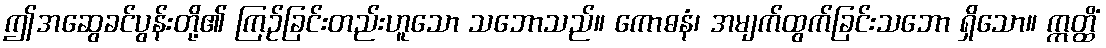
ဤအဆွေခင်ပွန်းတို့၏ ကြဉ်ခြင်းတည်းဟူသော သဘောသည်။ ကောဓနံ၊ အမျက်ထွက်ခြင်းသဘော ရှိသော။ ဣတ္ထိံ